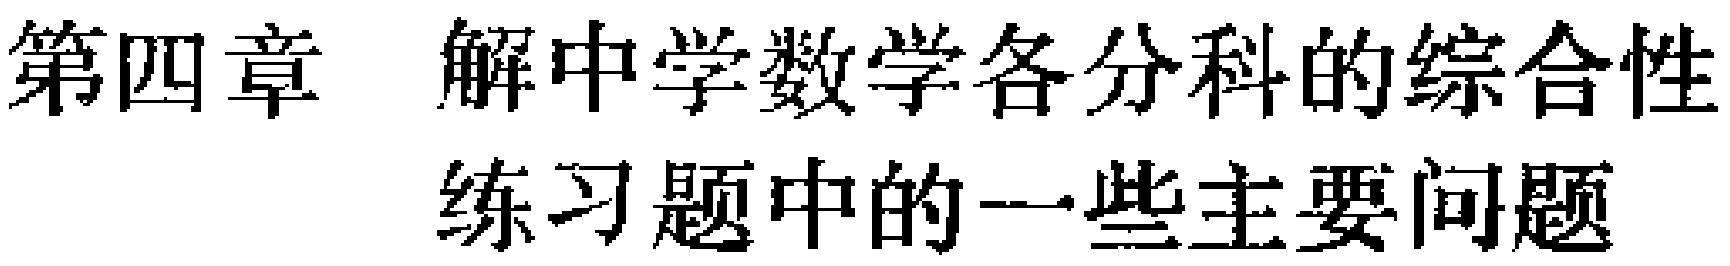
第四章 解中学数学各分科的综合性

练习题中的一些主要问题